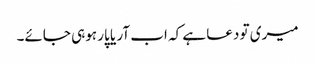
میری تو دعا ہے کہ اب آر یا پار ہوہی جائے۔